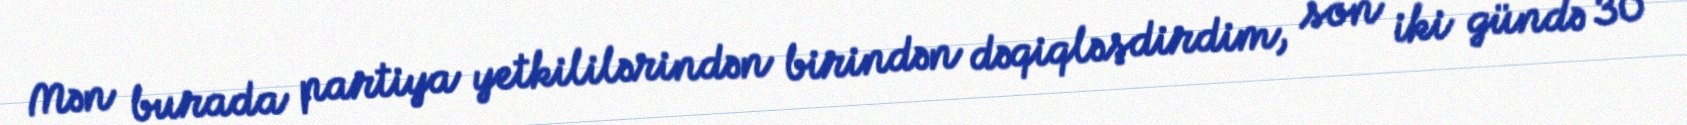
Mən burada partiya yetkililərindən birindən dəqiqləşdirdim, son iki gündə 30